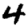
Digit: 4